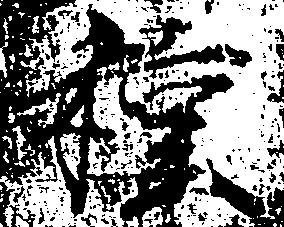
種